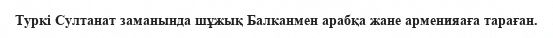
Туркi Султанат заманында шұжық Балканмен арабқа жане арменияаға тараған.